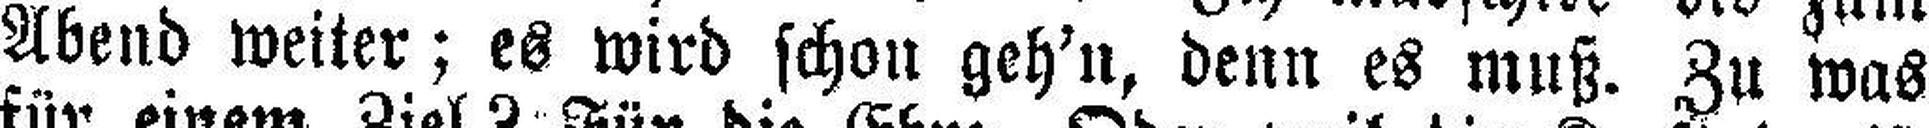
Abend weiter; es wird schon geh'n, denn es muß. Zu was